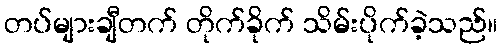
တပ်များချီတက် တိုက်ခိုက် သိမ်းပိုက်ခဲ့သည်။